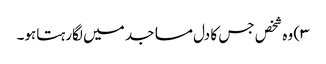
۳) وہ شخص جس کا دل مساجد میں لگارہتاہو۔